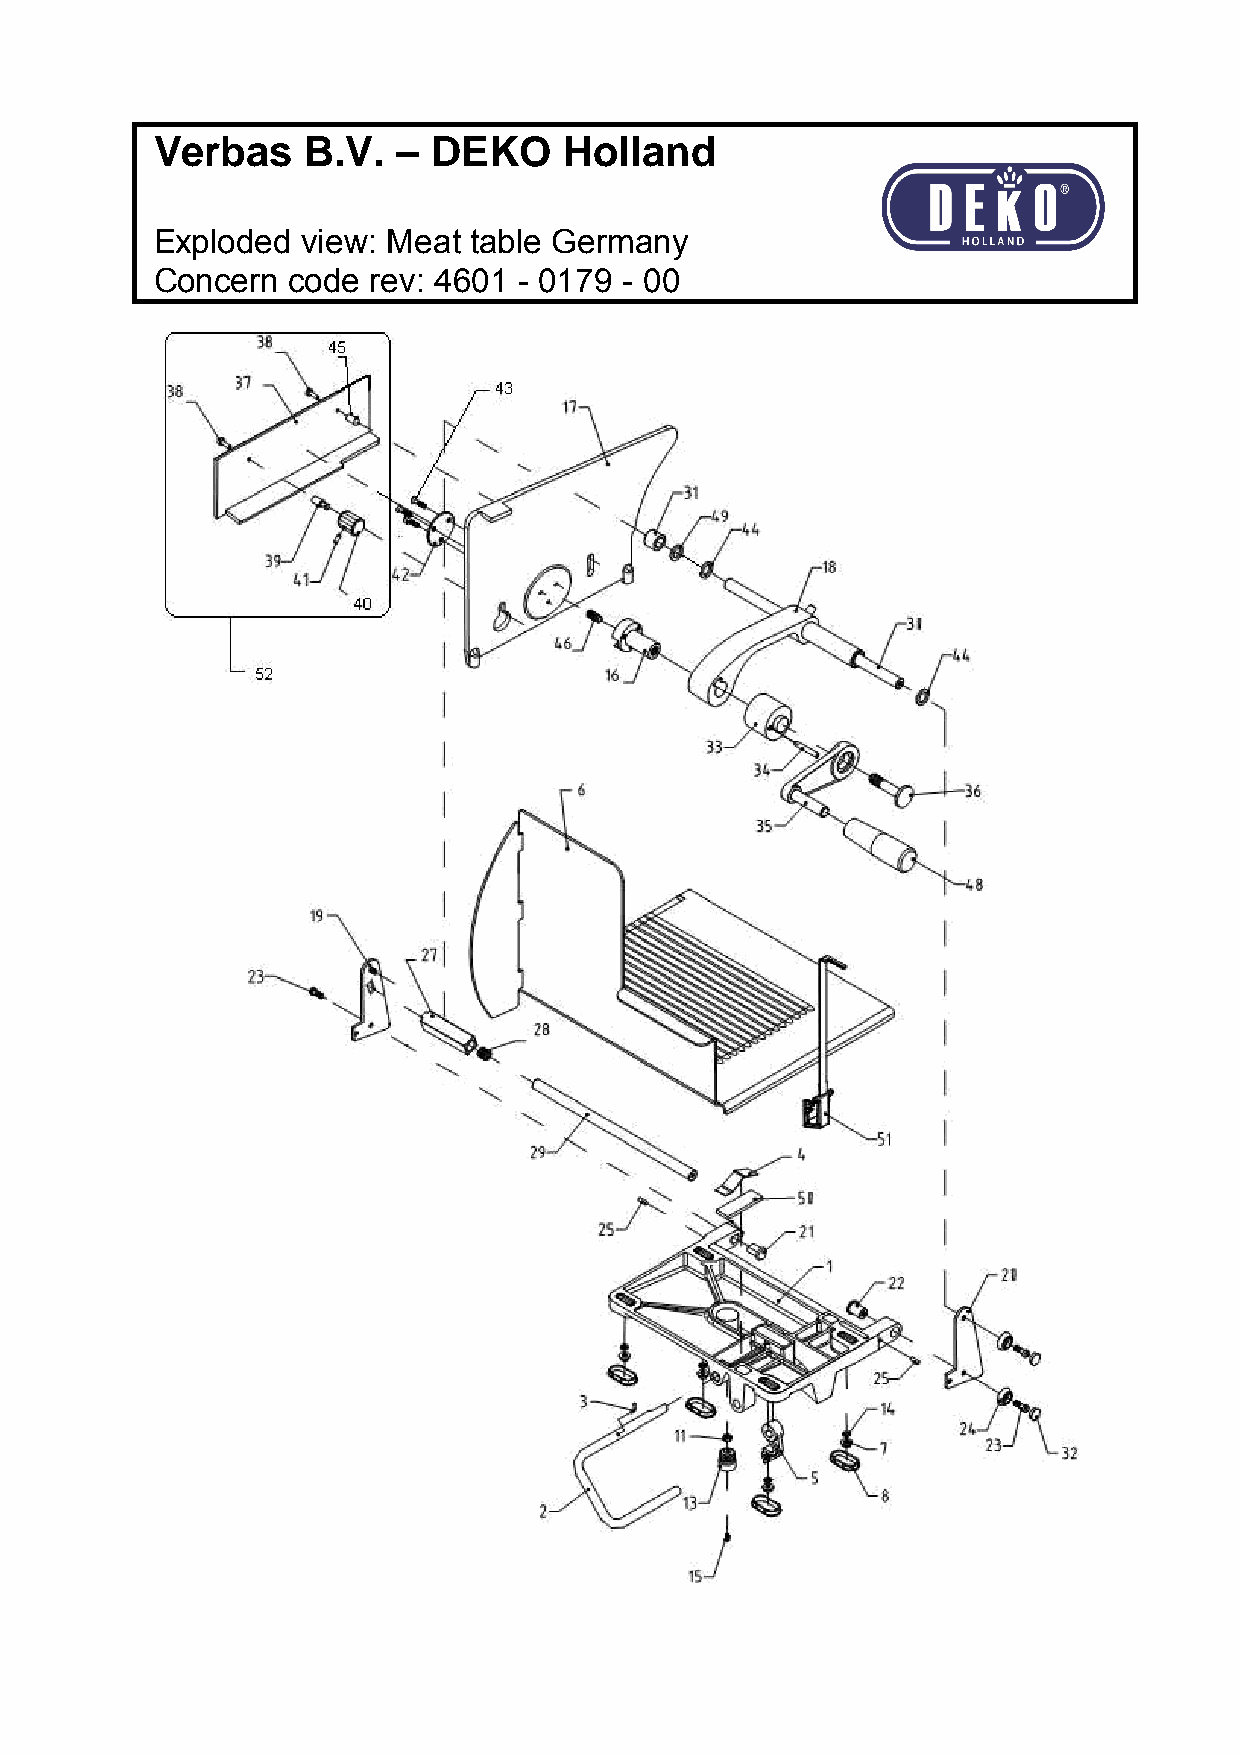
Verbas    B.V.  –  DEKO    Holland
 Exploded  view: Meat table Germany
 Concern  code  rev: 4601 - 0179 - 00